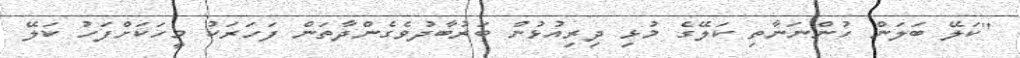
''ކަލޭ ބަލަން ހުންނަނާތި ކަލޭގެ މުޅި ދިރިއުޅުން ބަރުބާދުވެގެންދާތަން ފަހަރަކު މީހަކަށްފަހު ކަލޭ